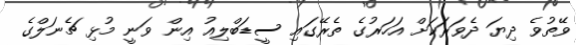
ވޭތުވެ ދިޔަ ދެވަރަކަށް އަހަރުގެ ތެރޭގައި ސީޑަބްލިއު އިން ވަނީ މުޅި ޗެނަލްގެ